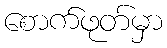
စောက်ဖုတ်မှာ